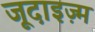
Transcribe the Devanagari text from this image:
जूदाइज़्म